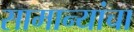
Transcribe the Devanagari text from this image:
सामान्यांचा